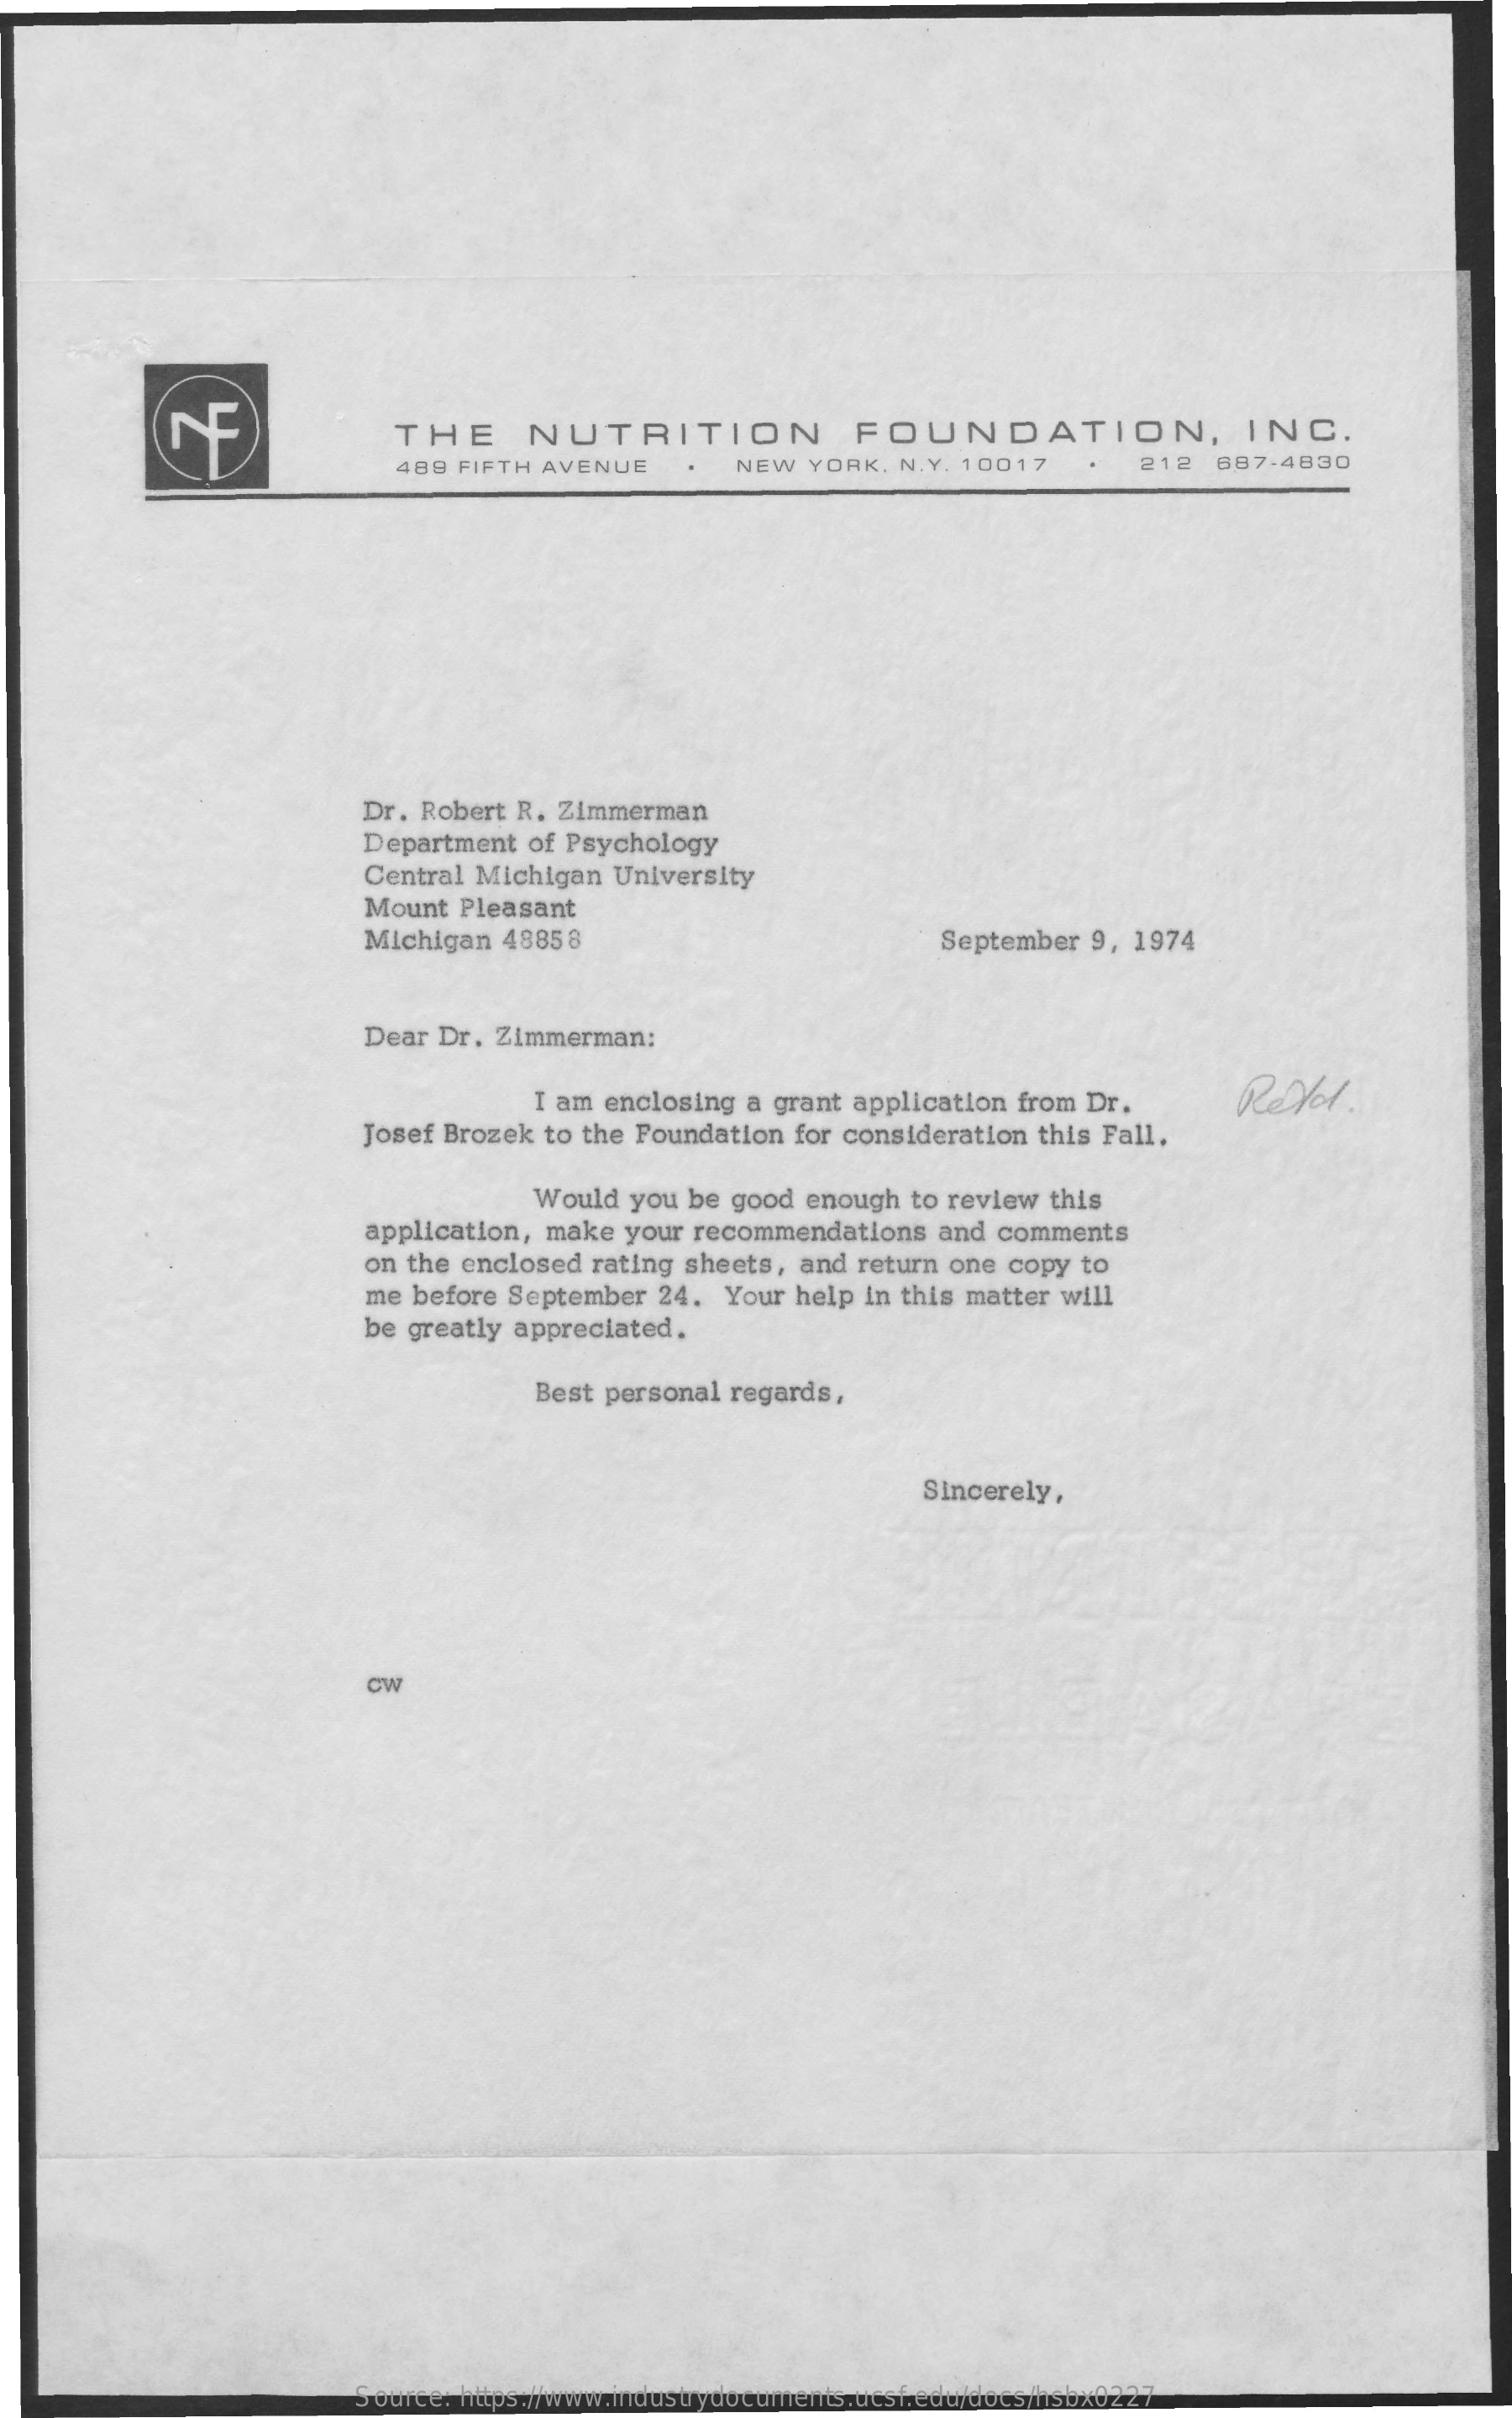
THE    NUTRITION    FOUNDATION,    INC.
     489 FIFTH AVENUE    NEW   YORK, N.Y. 10017    212   687-4830
     Dr. Robert R. Zimmerman
     Department  of Psychology
     Central Michigan  University
     Mount  Pleasant
     Michigan  4885 8    September  9, 1974
     Dear Dr.  Zimmerman:
     I am enclosing a grant application from Dr.    Red.
     Josef Brozek to the Foundation  for consideration this Fall.
     Would you  be good enough  to review  this
     application, make  your recommendations   and  comments
     on the enclosed  rating sheets, and return one copy  to
     me before September   24.  Your help in this matter will
     be greatly appreciated.
     Best personal regards,
     Sincerely,
     CW
     Source: https://www.industrydocuments.ucsf.edu/docs/hsbx0227